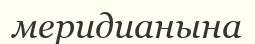
меридианына